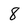
Character: 8